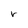
Character: r